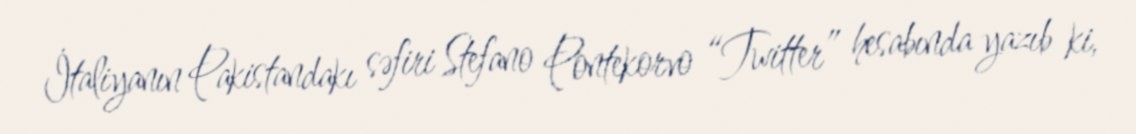
İtaliyanın Pakistandakı səfiri Stefano Pontekorvo “Twitter” hesabında yazıb ki,